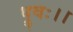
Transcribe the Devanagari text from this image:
ध्रुवः।।